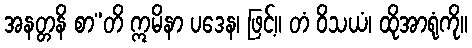
အနတ္တနိ စာ”တိ ဣမိနာ ပဒေန၊ ဖြင့်။ တံ ဝိသယံ၊ ထိုအာရုံကို။